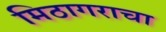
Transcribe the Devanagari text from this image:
मिठागराचा